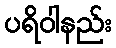
ပရိဝါနည်း